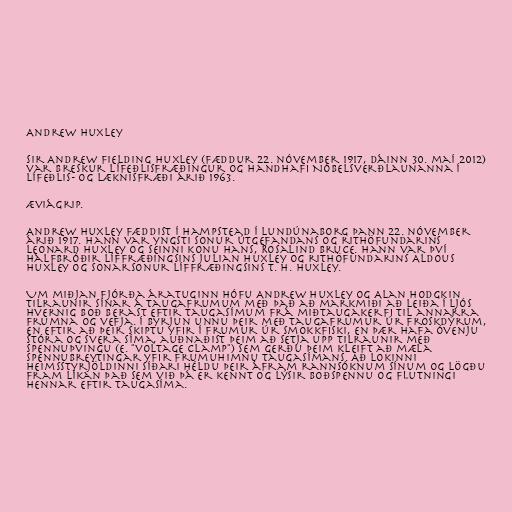
Andrew Huxley

Sir Andrew Fielding Huxley (fæddur 22. nóvember 1917, dáinn 30. maí 2012)
var breskur lífeðlisfræðingur og handhafi Nóbelsverðlaunanna í
lífeðlis- og læknisfræði árið 1963.

Æviágrip.

Andrew Huxley fæddist í Hampstead í Lundúnaborg þann 22. nóvember
árið 1917. Hann var yngsti sonur útgefandans og rithöfundarins
Leonard Huxley og seinni konu hans, Rosalind Bruce. Hann var því
hálfbróðir líffræðingsins Julian Huxley og rithöfundarins Aldous
Huxley og sonarsonur líffræðingsins T. H. Huxley.

Um miðjan fjórða áratuginn hófu Andrew Huxley og Alan Hodgkin
tilraunir sínar á taugafrumum með það að markmiði að leiða í ljós
hvernig boð berast eftir taugasímum frá miðtaugakerfi til annarra
frumna og vefja. Í byrjun unnu þeir með taugafrumur úr froskdýrum,
en eftir að þeir skiptu yfir í frumur úr smokkfiski, en þær hafa óvenju
stóra og svera síma, auðnaðist þeim að setja upp tilraunir með
spennuþvingu (e. "voltage clamp") sem gerðu þeim kleift að mæla
spennubreytingar yfir frumuhimnu taugasímans. Að lokinni
Heimsstyrjöldinni síðari héldu þeir áfram rannsóknum sínum og lögðu
fram líkan það sem við þá er kennt og lýsir boðspennu og flutningi
hennar eftir taugasíma.